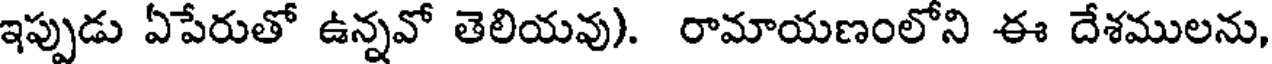
ఇప్పుడు ఏపేరుతో ఉన్నవో తెలియవు). రామాయణంలోని ఈ దేశములను,